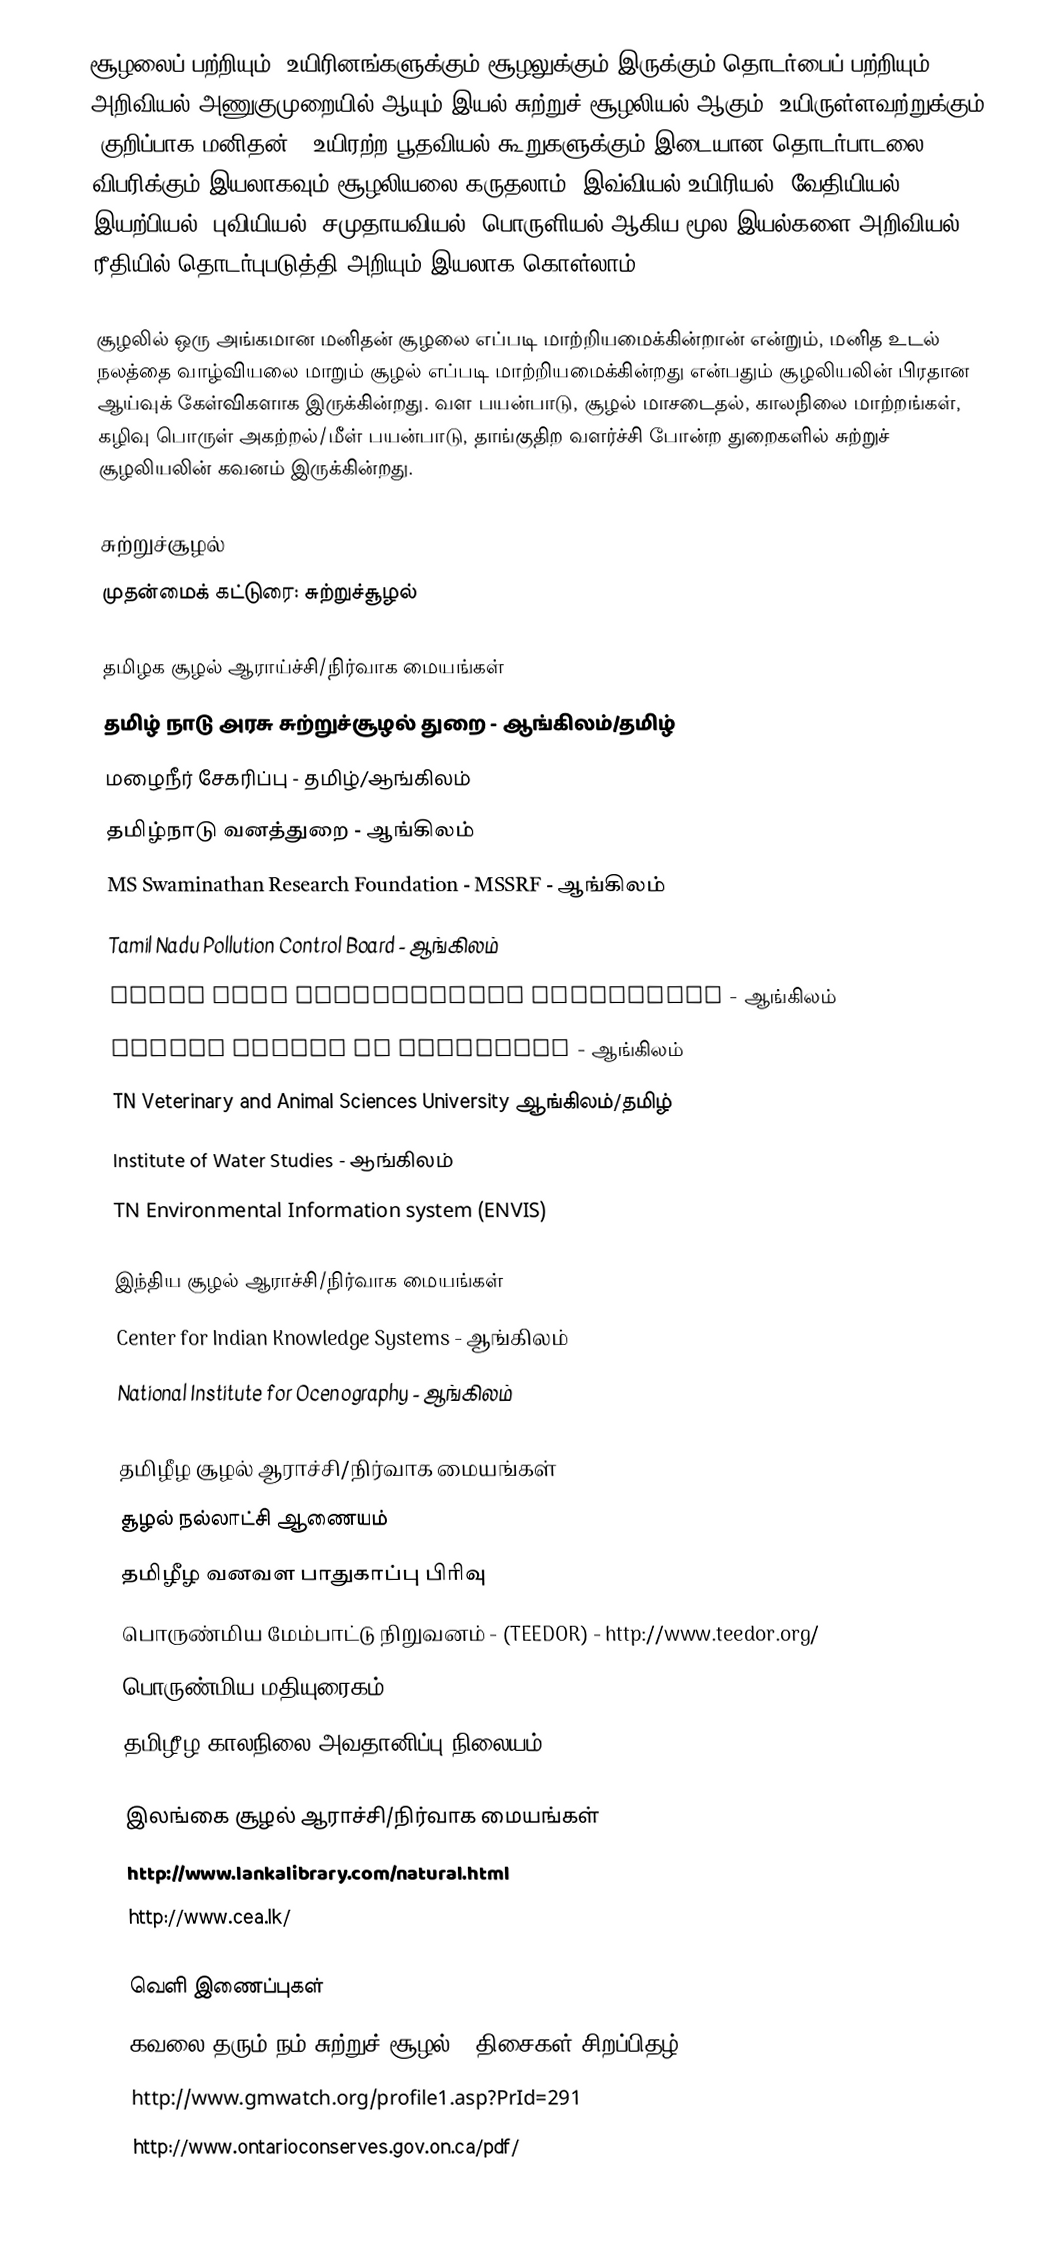
சூழலைப் பற்றியும், உயிரினங்களுக்கும் சூழலுக்கும் இருக்கும் தொடர்பைப் பற்றியும் அறிவியல் அணுகுமுறையில் ஆயும் இயல் சுற்றுச் சூழலியல் ஆகும்.  உயிருள்ளவற்றுக்கும் (குறிப்பாக மனிதன்), உயிரற்ற பூதவியல் கூறுகளுக்கும் இடையான தொடர்பாடலை விபரிக்கும் இயலாகவும் சூழலியலை கருதலாம்.  இவ்வியல் உயிரியல், வேதியியல், இயற்பியல், புவியியல், சமுதாயவியல், பொருளியல் ஆகிய மூல இயல்களை அறிவியல் ரீதியில் தொடர்புபடுத்தி அறியும் இயலாக கொள்லாம்.

சூழலில் ஒரு அங்கமான மனிதன் சூழலை எப்படி மாற்றியமைக்கின்றான் என்றும், மனித உடல் நலத்தை வாழ்வியலை மாறும் சூழல் எப்படி மாற்றியமைக்கின்றது என்பதும் சூழலியலின் பிரதான ஆய்வுக் கேள்விகளாக இருக்கின்றது.  வள பயன்பாடு, சூழல் மாசடைதல், காலநிலை மாற்றங்கள், கழிவு பொருள் அகற்றல்/மீள் பயன்பாடு, தாங்குதிற வளர்ச்சி போன்ற துறைகளில் சுற்றுச் சூழலியலின் கவனம் இருக்கின்றது.

சுற்றுச்சூழல்
முதன்மைக் கட்டுரை: சுற்றுச்சூழல்

தமிழக சூழல் ஆராய்ச்சி/நிர்வாக மையங்கள்
 தமிழ் நாடு அரசு சுற்றுச்சூழல் துறை - ஆங்கிலம்/தமிழ்
 மழைநீர் சேகரிப்பு - தமிழ்/ஆங்கிலம்
 தமிழ்நாடு வனத்துறை - ஆங்கிலம்
 MS Swaminathan Research Foundation - MSSRF - ஆங்கிலம்
 Tamil Nadu Pollution Control Board - ஆங்கிலம்
 Tamil Nadu Agricultural University - ஆங்கிலம்
 Madras School of Economics - ஆங்கிலம்
 TN Veterinary and Animal Sciences University ஆங்கிலம்/தமிழ்
 Institute of Water Studies - ஆங்கிலம்
 TN Environmental Information system (ENVIS)

இந்திய சூழல் ஆராச்சி/நிர்வாக மையங்கள்
 Center for Indian Knowledge Systems - ஆங்கிலம்
 National Institute for Ocenography - ஆங்கிலம்

தமிழீழ சூழல் ஆராச்சி/நிர்வாக மையங்கள்
சூழல் நல்லாட்சி ஆணையம்
தமிழீழ வனவள பாதுகாப்பு பிரிவு
பொருண்மிய மேம்பாட்டு நிறுவனம் - (TEEDOR) - http://www.teedor.org/
பொருண்மிய மதியுரைகம் - (The Economic Consultancy House) - http://www.techonnet.org/
தமிழீழ காலநிலை அவதானிப்பு நிலையம்

இலங்கை சூழல் ஆராச்சி/நிர்வாக மையங்கள்
 http://www.lankalibrary.com/natural.html
 http://www.cea.lk/

வெளி இணைப்புகள்
 கவலை தரும் நம் சுற்றுச் சூழல் - திசைகள் சிறப்பிதழ்
 http://www.gmwatch.org/profile1.asp?PrId=291
 http://www.ontarioconserves.gov.on.ca/pdf/